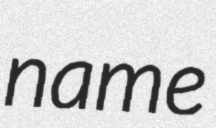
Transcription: name